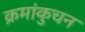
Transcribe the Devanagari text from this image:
क्रमांकुचन